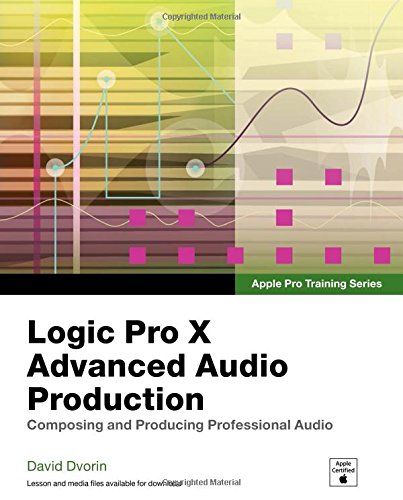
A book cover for Apple Pro Training Series: Logic Pro X Advanced Audio Production: Composing and Producing Professional Audio; David Dvorin; Computers & Technology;